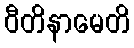
ဝီတိနာမေတိ